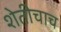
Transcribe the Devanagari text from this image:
शेतीचाच